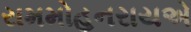
રામમોહનરાયએ